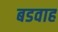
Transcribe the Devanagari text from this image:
बडवाह